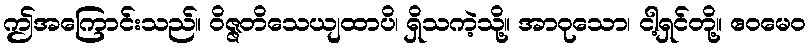
ဤအကြောင်းသည်။ ဝိဇ္ဇတိသေယျထာပိ၊ ရှိသကဲ့သို့။ အာဝုသော၊ ငါ့ရှင်တို့။ ဧဝမေဝ